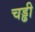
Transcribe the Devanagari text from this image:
चड्ढी